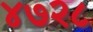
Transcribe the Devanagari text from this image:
४७२८